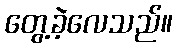
တွေ့ခဲ့လေသည်။